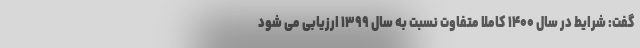
گفت: شرایط در سال ۱۴۰۰ کاملا متفاوت نسبت به سال ۱۳۹۹ ارزیابی می شود